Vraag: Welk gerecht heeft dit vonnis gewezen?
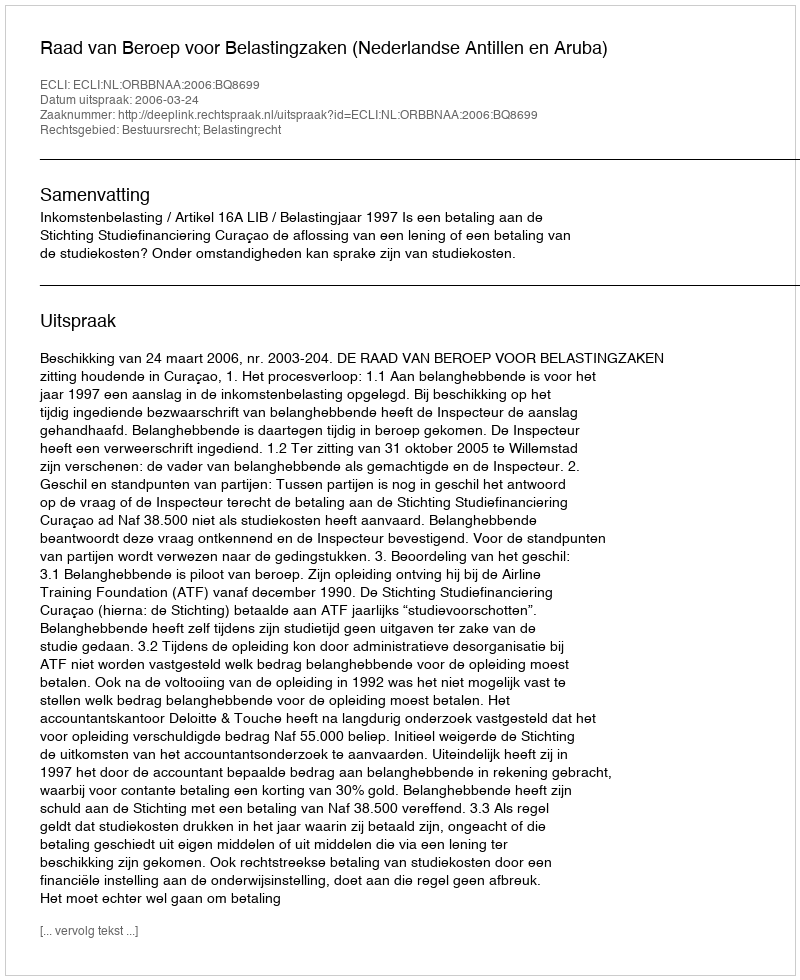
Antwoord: Raad van Beroep voor Belastingzaken (Nederlandse Antillen en Aruba)